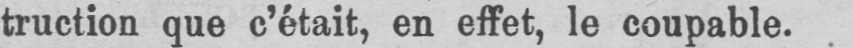
truction que c’était, en effet, le coupable.